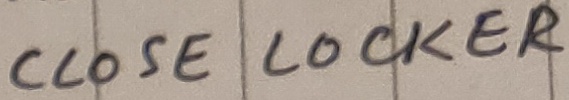
Text: CLOSE LOCKER